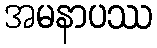
အမနာပဿ